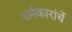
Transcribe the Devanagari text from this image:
धर्मकारांचें